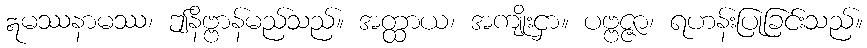
ဣမဿနာမဿ၊ ဤနိဗ္ဗာန်မည်သည်။ အတ္ထာယ၊ အကျိုးငှာ။ ပဗ္ဗဇ္ဇာ၊ ရဟန်းပြုခြင်းသည်။